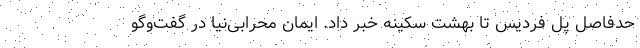
حدفاصل پل فردیس تا بهشت سکینه خبر داد. ایمان محرابی‌نیا در گفت‌وگو